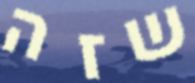
שזה